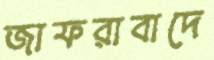
জাফরাবাদে